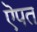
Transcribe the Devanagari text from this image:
ऎपत